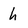
Character: h